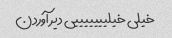
خیلی خیلیییییییی دیر آوردن